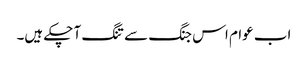
اب عوام اس جنگ سے تنگ آ چکے ہیں۔